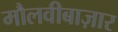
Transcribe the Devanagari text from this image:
मौलवीबाज़ार